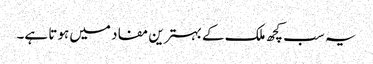
یہ سب کچھ ملک کے بہترین مفاد میں ہوتا ہے۔